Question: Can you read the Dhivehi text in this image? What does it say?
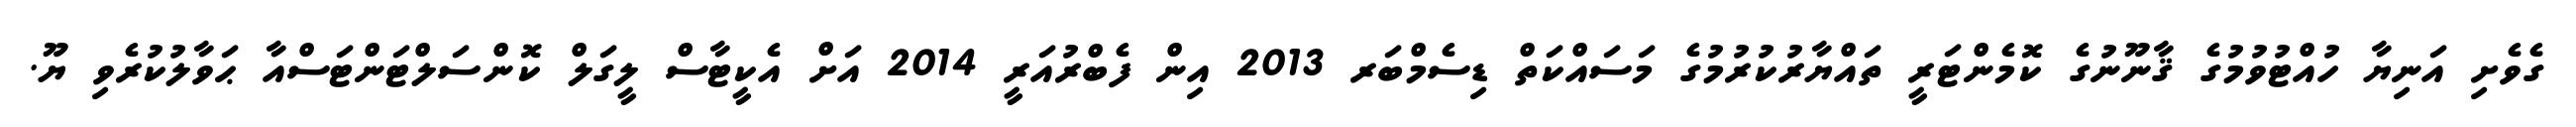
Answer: ގެވެށި އަނިޔާ ހުއްޓުވުމުގެ ޤާނޫނުގެ ކޮމެންޓަރީ ތައްޔާރުކުރުމުގެ މަސައްކަތް ޑިސެމްބަރ 2013 އިން ފެބްރުއަރީ 2014 އަށް އެކީޓާސް ލީގަލް ކޮންސަލްޓަންޓަސްއާ ޙަވާލުކުރެވި ޔޫ.